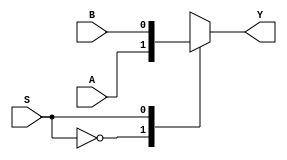
module mux(A,B,S,Y);
input A,B,S;
output reg Y;
always @(*)
	begin
		case (S)
			0 : Y=A;
			1 : Y=B;
			default : $display("Error");
		endcase
	end
endmodule